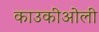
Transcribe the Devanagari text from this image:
काउकीओली